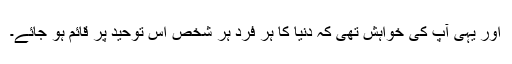
اور یہی آپ کی خواہش تھی کہ دنیا کا ہر فرد ہر شخص اس توحید پر قائم ہو جائے۔